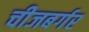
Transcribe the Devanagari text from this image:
चीजबर्गर